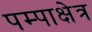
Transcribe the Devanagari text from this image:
पम्पाक्षेत्र